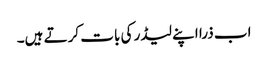
اب ذرا اپنے لیڈر کی بات کرتے ہیں۔